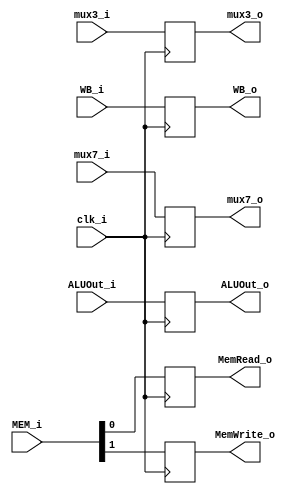
module EX_MEM(
	clk_i,
	WB_i,
	ALUOut_i,
	mux7_i,
	mux3_i,
	MEM_i,
	WB_o,
	ALUOut_o,
	mux7_o,
	mux3_o,
	MemRead_o,
	MemWrite_o
);

input			clk_i;
// MemToReg_i, RegWrite_i => WB_i    ;    MemRead_i, MemWrite_i, => MEM_i
input	[1:0]	WB_i, MEM_i;	
// mux7_i = RT (Forwarding or not)
input	[31:0]	ALUOut_i, mux7_i;
//	registerRD(5)
input	[4:0]	mux3_i;

output reg	[1:0]	WB_o;
output reg	[31:0]	ALUOut_o, mux7_o;
output reg	[4:0]	mux3_o;
output reg			MemRead_o, MemWrite_o;

//assign	WB_o = WB_i;
//assign	ALUOut_o = ALUOut_i;
//assign	mux7_o = mux7_i;
//assign	mux3_o = mux3_i;
//assign	MemRead_o = MEM_i[0];
//assign	MemWrite_o = MEM_i[1];

always@( negedge clk_i ) begin
	WB_o <= WB_i;
	ALUOut_o <= ALUOut_i;
	mux7_o <= mux7_i;
	mux3_o <= mux3_i;
	MemRead_o <= MEM_i[0];
	MemWrite_o <= MEM_i[1];
end

endmodule